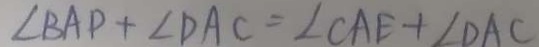
\angle B A P + \angle D A C = \angle C A E + \angle D A C